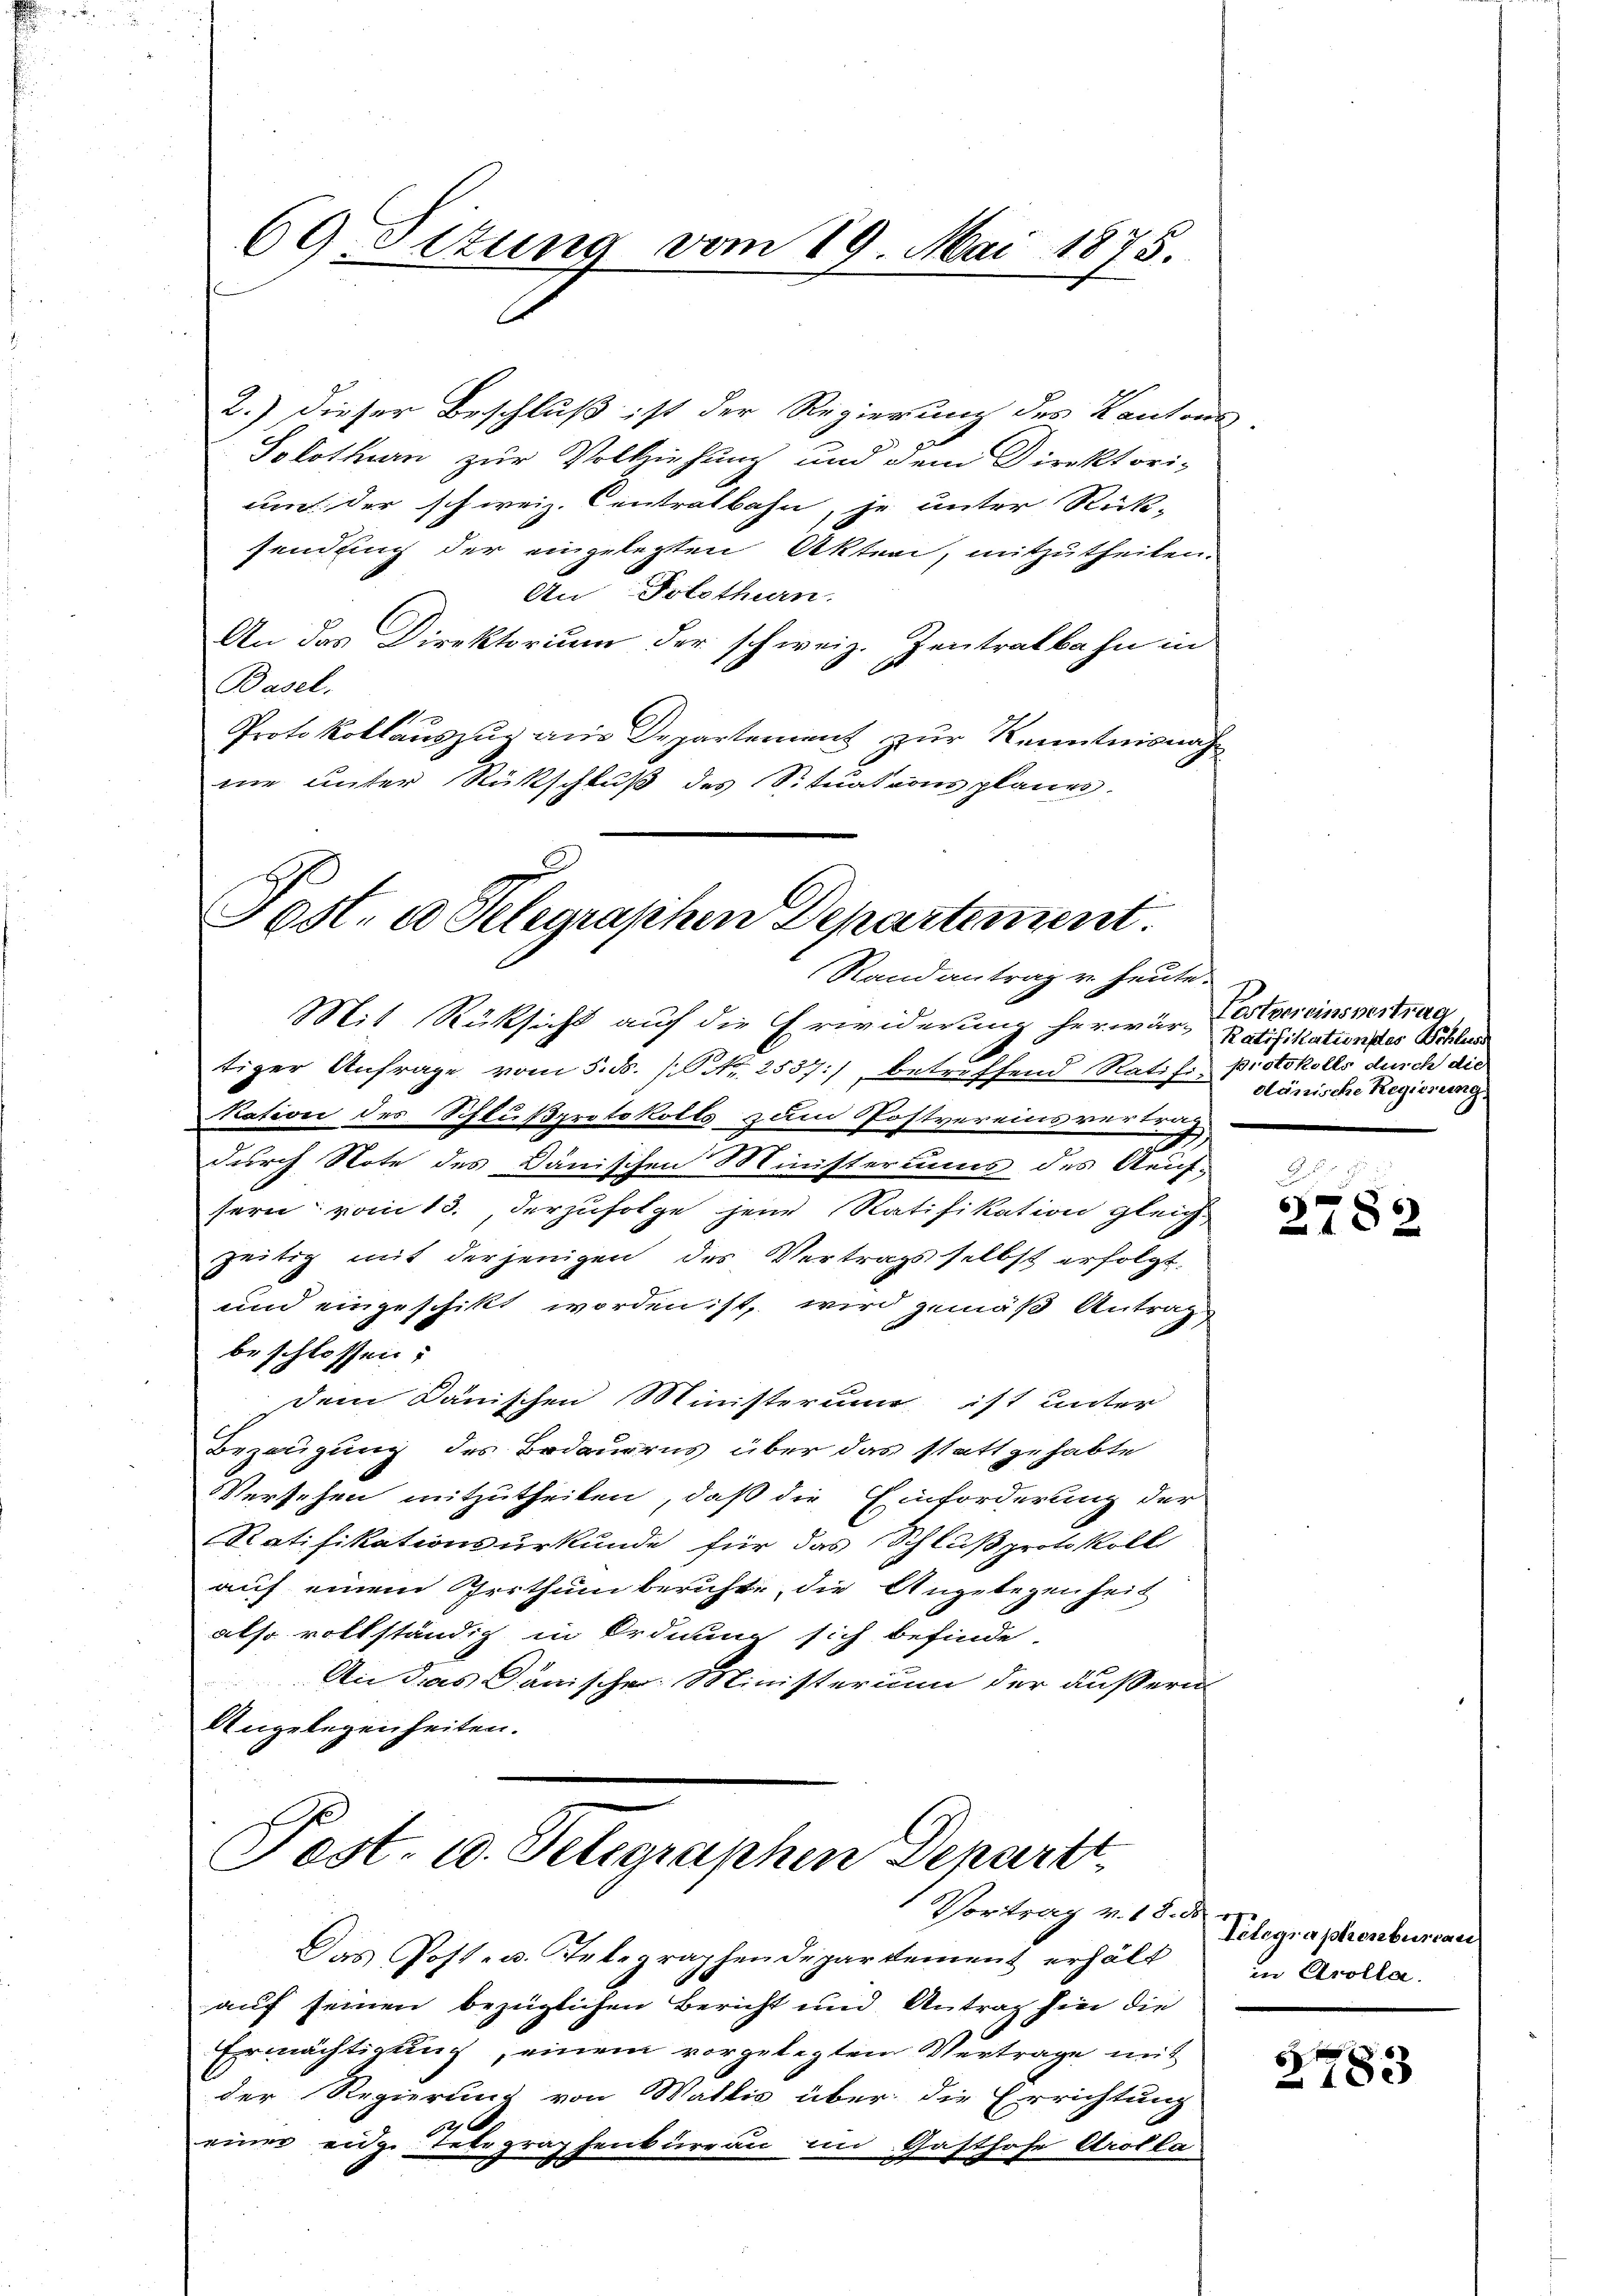
69. Titung vom 19. Mai 1875.

2.) dieser Beschluß ist der Regierung des Kantons-
Solothurn zur Vollziehung und dem Direktorium der schweiz. Centralbahn, je unter Rück-
sendung der eingelegten Akten, mitzutheilen.
An Solothurn.
An das Direktorium der schweiz. Zentralbahn in
Basel.
Protokollauszug aus Departement zur Kenntnisnahne unter Rückschluß des Situations planes.

Sost. a Telegraphen Departement
Randantrag u. heute.

Mit Rücksicht auf die Erwiderung herwar- Ratifikation des Schluss
tiger Anfrage vom 5. ds. /C Nr. 2537:/, betreffend Ratifi, protokolls durch die
Kation des Schlußprotokolls zum Postvereinsvertrag
durch Note des Dänischen Ministeriums des Aeufsern vom 13., derzufolge jene Ratifikation gleich
zeitig mit derjenigen des Vertrags selbst erfolgt,
und eingeschikt worden ist, wird gemäß Antrag
beschlossen:
dem Dänischen Ministerium ist unter
Bezeugung des Bedaurus über das statt gehabte
Versehen mitzutheilen, daß die Einforderung der
Ratifikationsurkunde für das Schlußprotokoll
auf einem Irrthum berichte, die Angelegenheit
also vollständig in Ordnung sich befinde.
An das Dänischer Ministerium der äußern
Angelegenheiten.

Post- u. Telegraphen Departt
Vortrag v. 18. ds.

Das Post- u. Telegraphendepartement erhält in Arolla
auf seinen bezüglichen Bericht und Antrag hier die
Ermächtigung, einem vorgelegtem Vertrage mit
der Regierung von Wallis über die Errichtung
a
einer eidge Telegraphenbureau im Gasthofe Arolla

Partemeinsvertrag
dlänische Regierung.

d
6
182

Telegraphenburcan

283